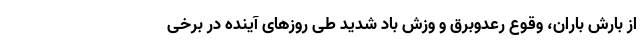
از بارش باران، وقوع رعدوبرق و وزش باد شدید طی روزهای آینده در برخی